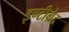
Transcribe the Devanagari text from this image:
इण्टीग्रेट